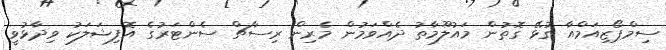
ސިމްޕޯޒިއަމްއާ ގުޅޭ ގޮތުން މައުލޫމާތު ދެއްވަމުން މެރިން ރިސާޗް ސެންޓަރުގެ އޮފިޝަލަކު ވިދާޅުވީ